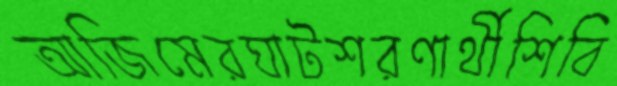
আজিমেরঘাটশরণার্থীশিবি